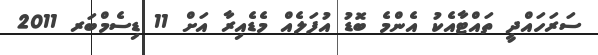
ސަރަހައްދީ ތައްޓާއެކު އެންމެ ބޮޑު އުފަލެއް މެޑެއިރާ އަށް 11 ޑިސެމްބަރ 2011